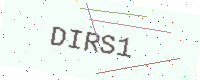
Text: DIRS1